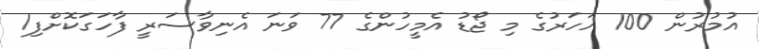
އުމުރުން 100 އަހަރުގެ މި ޖޯޑު އެމީހުންގެ 77 ވަނަ އެނިވާސަރީ ފާހަގަކޮށްފި1